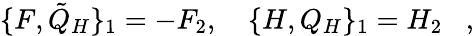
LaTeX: \{ F,{\tilde{Q}}_{H}\} _{1}=-F_{2},\quad\{ H,Q_{H}\} _{1}=H_{2}\, \, \, \, \, ,